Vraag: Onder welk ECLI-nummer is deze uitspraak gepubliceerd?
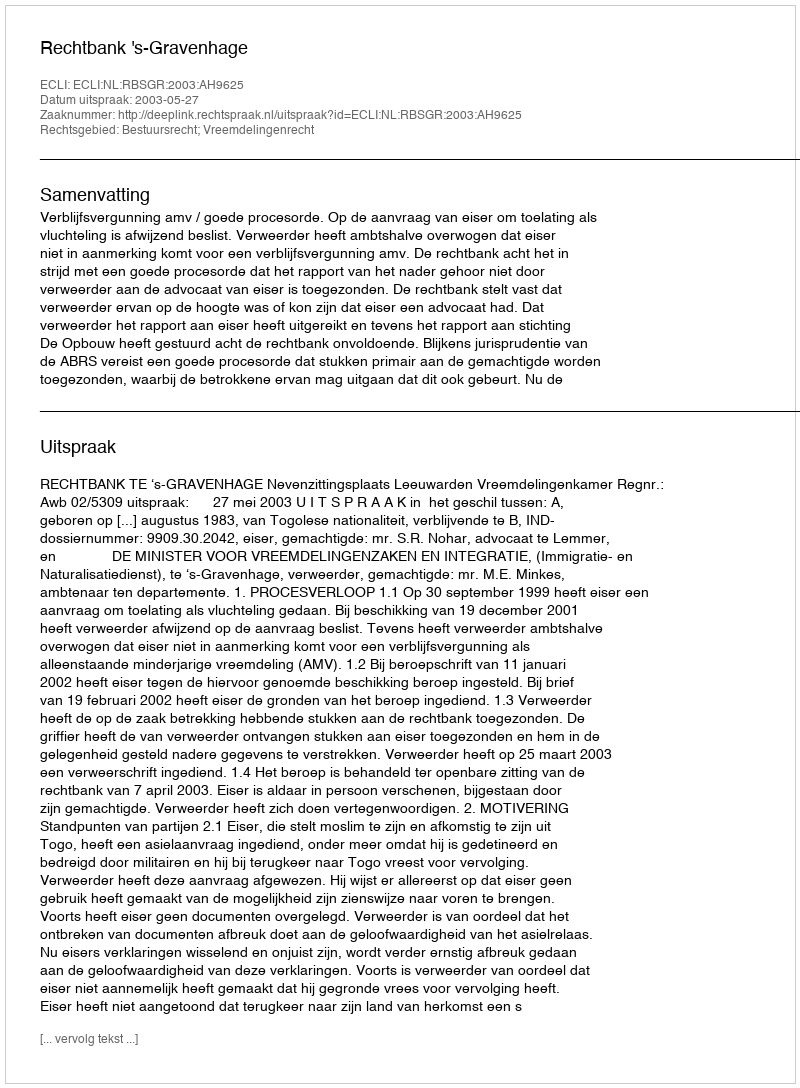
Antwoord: ECLI:NL:RBSGR:2003:AH9625